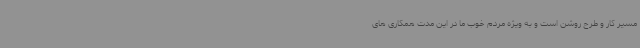
مسیر کار و طرح روشن است و به ویژه مردم خوب ما در این مدت همکاری های